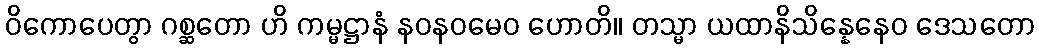
ဝိကောပေတွာ ဂစ္ဆတော ဟိ ကမ္မဋ္ဌာနံ နဝနဝမေဝ ဟောတိ။ တသ္မာ ယထာနိသိန္နေနေဝ ဒေသတော